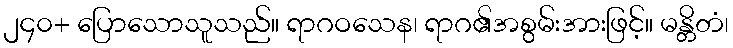
၂၄၀+ ပြောသောသူသည်။ ရာဂဝသေန၊ ရာဂ၏အစွမ်းအားဖြင့်။ မန္တိတံ၊